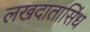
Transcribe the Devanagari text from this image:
लखदातासिंध